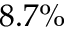
8 . 7 \%